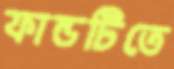
ফান্ডটিতে